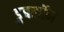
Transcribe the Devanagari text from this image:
डुबलॉन